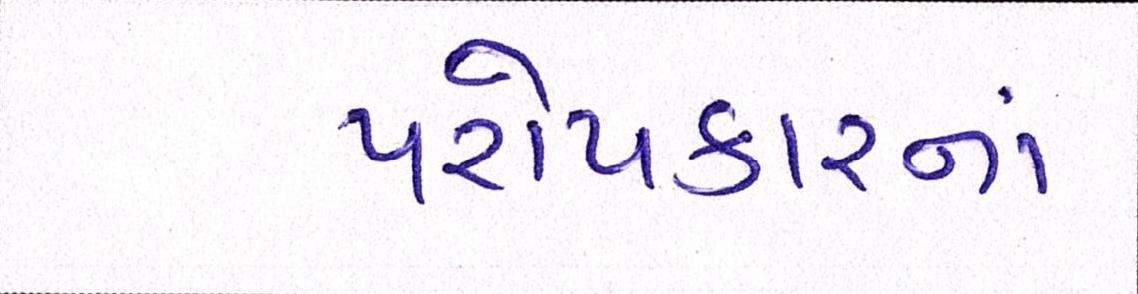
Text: પરોપકારનાં